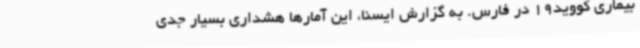
بیماری کووید19 در فارس. به گزارش ایسنا، این آمارها هشداری بسیار جدی